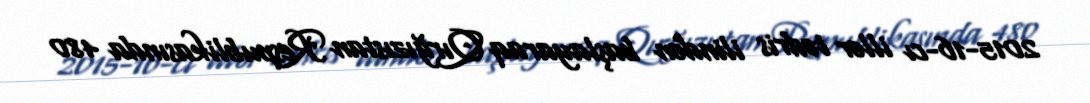
2015-16-cı illər tədris ilindən başlayaraq Qırğızıstan Respublikasında 480